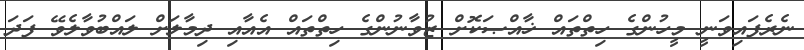
ނެރެފައިވަނީ މީހުންގެ ހިތްތައް ޚާއްޞަކޮށް ޒުވާނުންގެ ހިތްތައް އެއާއި ދިމާލަށް ލައްބުވާލެވޭ ފަދަ